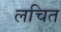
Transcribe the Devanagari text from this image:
लचित